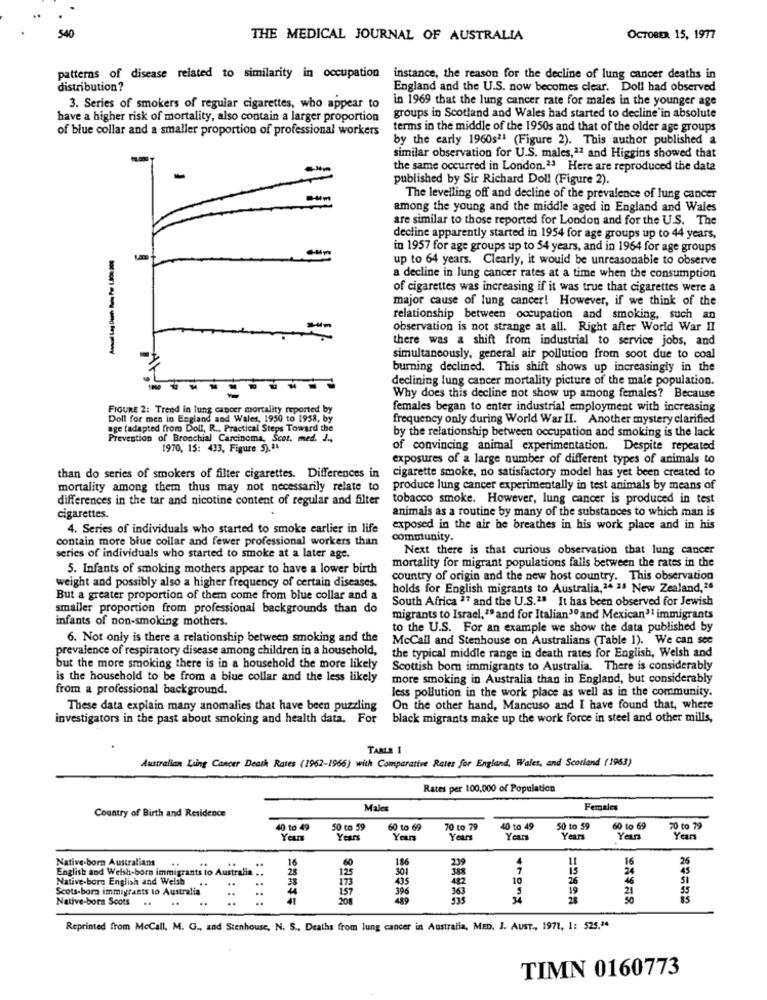
540
THE MEDICAL JOURNAL OF AUSTRALIA
OCTOBER 15, 1977
patterns of disease related to similarity in occupation
instance, the reason for the decline of lung cancer deaths in
distribution?
England and the U.S. now becomes clear. Doll had observed
in 1969 that the lung cancer rate for males in the younger age
3. Series of smokers of reguiar cigarettes, who appear to
have a higher risk of mortality, also contain a larger proportion
groups in Scotland and Wales had started to decline in absolute
of blue collar and a smaller proportion of professional workers
terms in the middle of the 1950s and that of the older age groups
by the carly 1960sª1 (Figure 2). This author published a
similar observation for U.S. males,12 and Higgins showed that
the same occurred in London.23 Here are reproduced the date
published by Sir Richard Doll (Figure 2).
The levelling off and decline of the prevalence of lung cancer
among the young and the middle aged in England and Wales
are similar to those reported for London and for the U.S. The
decline apparently started in 1954 for age groups up to 44 years,
in 1957 for age groups up to 54 years, and in 1964 for age groups
-
up to 64 years. Clearly, it would be unreasonable to observe
a decline in lung cancer rates at a time when the consumption
of cigarettes was increasing if it was true that cigarettes were a
major cause of lung cancer! However, if we think of the
relationship between occupation and smoking, such an
observation is not strange at all. Right after World War II
=
there was a shift from industrial to service jobs, and
-------
simultaneously, general air pollution from soot due to coal
burning declined. This shift shows up increasingly in the
declining lung cancer mortality picture of the male population.
Why does this decline not show up among females? Because
FIGURE 2: Trend in lung cancer mortality reported by
females began to enter industrial employment with increasing
Doll for men in England and Wales, 1950 to 1958, by
frequency only during World War II. Another mystery clarified
age (adapted from Doll, R ., Practical Steps Toward the
Prevention of Bronchial Carcinoma, Scot. med. J .,
by the relationship between occupation and smoking is the lack
1970, 15: 433, Figure 5),21
of convincing animal experimentation. Despite repeated
exposures of a large number of different types of animals to
cigarette smoke, no satisfactory model has yet been created to
than do series of smokers of filter cigarettes. Differences in
mortality among them thus may not necessarily relate to
produce lung cancer experimentally in test animals by means of
differences in the tar and nicotine content of regular and filter
tobacco smoke. However, lung cancer is produced in test
animais as a routine by many of the substances to which man is
cigarettes.
4. Series of individuals who started to smoke earlier in life
exposed in the air he breathes in his work place and in his
contain more blue collar and fewer professional workers than
community.
Next there is that curious observation that lung cancer
series of individuals who started to smoke at a later age.
mortality for migrant populations falls between the rates in the
5. Infants of smoking mothers appear to have a lower birth
weight and possibly also a higher frequency of certain diseases.
country of origin and the new host country. This observation
holds for English migrants to Australia,14 35 New Zealand,26
But a greater proportion of them come from blue collar and a
South Africa #7 and the U.S.28 It has been observed for Jewish
smaller proportion from professional backgrounds than do
infants of non-smoking mothers.
migrants to Israel,1º and for Italian30 and Mexican31 immigrants
to the U.S. For an example we show the data published by
6. Not only is there a relationship between smoking and the
McCall and Stenhouse on Australians (Table 1). We can see
prevalence of respiratory disease among children in a household,
the typical middle range in death rates for English, Welsh and
but the more smoking there is in a household the more likely
Scottish bom immigrants to Australia. There is considerably
is the household to be from a blue collar and the less likely
more smoking in Australia than in England, but considerably
from a professional background.
less pollution in the work place as well as in the community.
These data explain many anomalies that have been puzzling
On the other hand, Mancuso and I have found that, where
investigators in the past about smoking and health data. For
black migrants make up the work force in steel and other mills,
TARLE 1
Australian Lung Cancer Death Rates (1962-1966) with Comparative Rates for England, Wales, and Scotland (1963)
Rates per 100,000 of Population
Males
Females
Country of Birth and Residence
40 to 49
50 to 59
60 to 69
70 to 79
40 to 49
50 to 59
60 to 69
70 to 79
Years
Years
Yan
Years
Years
Years
Yan
Native-born Australians
60
4
11
16
26
English and Welsh-born immigrants to Australia ..
28
16
125
301
15
Native-born English and Welsh
38
173
435
10
26
Scots-born immigrants to Australia
396
482
19
Native-bora Scots
Reprinted from McCall. M. G ., and Stenhouse, N. S ., Deaths from lung cancer in Australia, MED. I. AUST ., 1971, 1: 525.ª4
TIMN 0160773